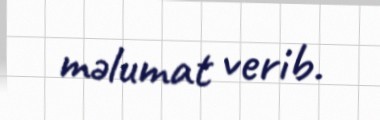
məlumat verib.